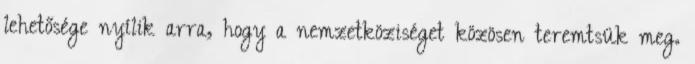
lehetősége nyílik arra, hogy a nemzetköziséget közösen teremtsük meg.